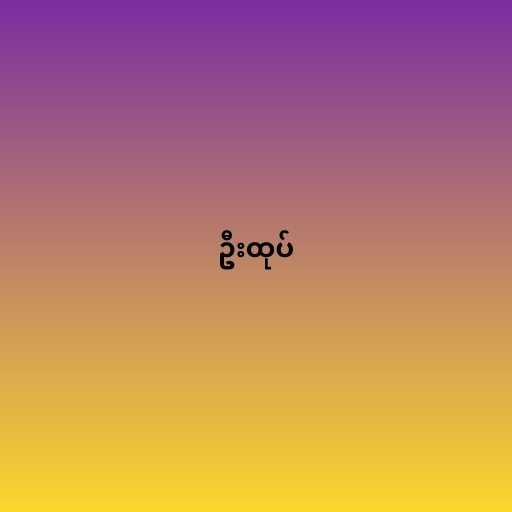
ဦးထုပ်